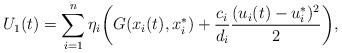
LaTeX: \begin{align*}U_1(t)=\sum_{i=1}^n \eta_i \biggl(G(x_i(t),x_i^*)+\frac{c_i}{d_i}\frac{(u_i(t)-u_i^*)^2}{2}\biggr),\end{align*}